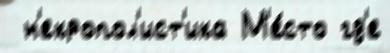
 н'екропол'ист'ика М'е́сто гд'е